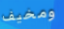
ومخيف